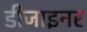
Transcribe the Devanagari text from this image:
डीजाइनर